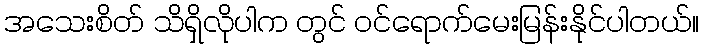
အသေးစိတ် သိရှိလိုပါက တွင် ဝင်ရောက်မေးမြန်းနိုင်ပါတယ်။